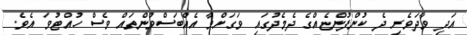
އަދި ވާދަވެރި ދެ ކުންފުންޏެއްގެ ދެމެދުގައި ވަގަށްވާ އެއްބަސްވުންތައް ވެސް ހުއްޓުވަ އެވެ.